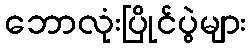
ဘောလုံးပြိုင်ပွဲများ